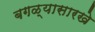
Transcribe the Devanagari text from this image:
बगळ्यासारखे